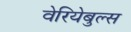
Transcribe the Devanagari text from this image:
वेरियेबुल्स